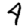
Digit: 4